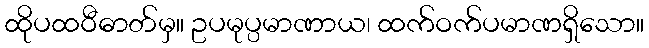
ထိုပထဝီဓာတ်မှ။ ဥပမုပ္ပမာဏာယ၊ ထက်ဝက်ပမာဏရှိသော။